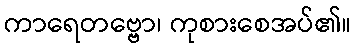
ကာရေတဗ္ဗော၊ ကုစားစေအပ်၏။